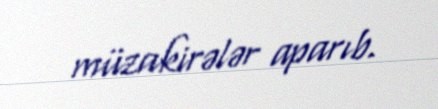
müzakirələr aparıb.